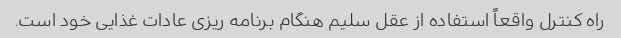
راه کنترل واقعاً استفاده از عقل سلیم هنگام برنامه ریزی عادات غذایی خود است.